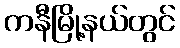
ကနီမြို့နယ်တွင်